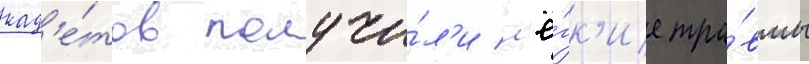
кад'е́тов получи́л'и л'ё́гк'ие тра́вмы